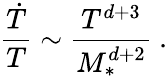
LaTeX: \frac{{\dot{T}}}{T}\sim\frac{T^{d+3}}{M_{*}^{d+2}}\ .